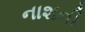
નાશની